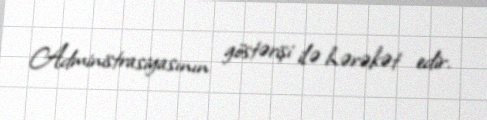
Administrasiyasının göstərişi ilə hərəkət edir.